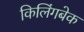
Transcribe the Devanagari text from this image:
किलिंगबेक